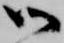
御